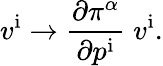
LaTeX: v^{\mathrm{i}}\rightarrow{\frac{\partial\pi^{\alpha}}{\partial p^{\mathrm{i}}}}\; v^{\mathrm{i}}.